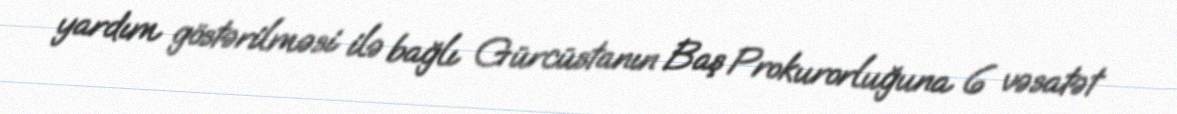
yardım göstərilməsi ilə bağlı Gürcüstanın Baş Prokurorluğuna 6 vəsatət